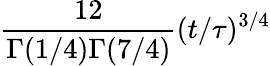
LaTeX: \frac{12}{\Gamma(1/4)\Gamma(7/4)}(t/\tau)^{3/4}